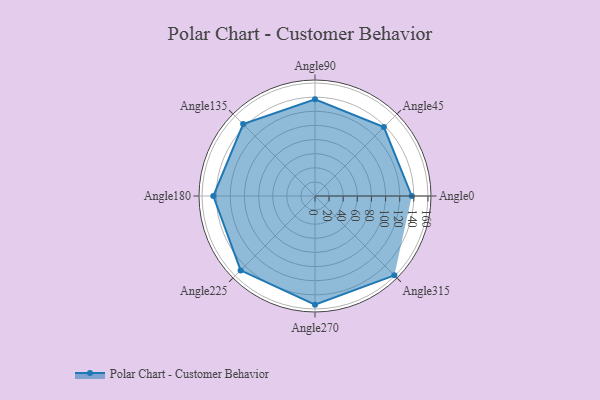
{"axis": {"x": "Angle", "y": "Radius"}, "legend": [""], "data": [{"x": "Angle0", "y": 137.0, "type": ""}, {"x": "Angle45", "y": 138.0, "type": ""}, {"x": "Angle90", "y": 137.0, "type": ""}, {"x": "Angle135", "y": 144.0, "type": ""}, {"x": "Angle180", "y": 144.0, "type": ""}, {"x": "Angle225", "y": 149.0, "type": ""}, {"x": "Angle270", "y": 154.0, "type": ""}, {"x": "Angle315", "y": 159.0, "type": ""}]}